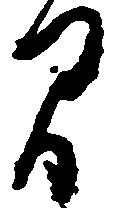
間